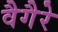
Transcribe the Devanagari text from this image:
वैगैरे